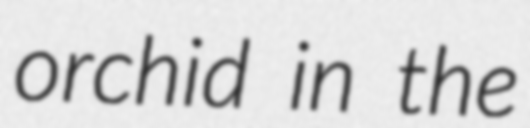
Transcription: orchid in the